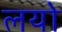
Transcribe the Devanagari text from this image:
लयो